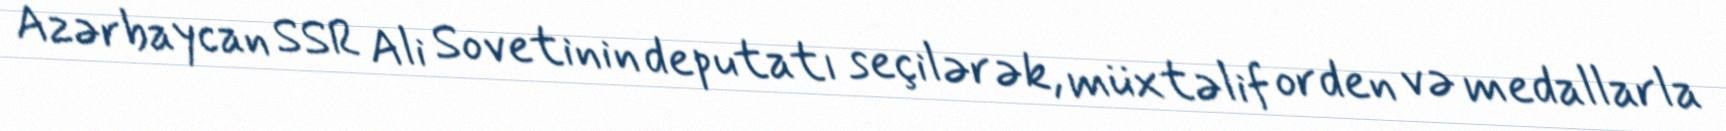
Azərbaycan SSR Ali Sovetinin deputatı seçilərək, müxtəlif orden və medallarla